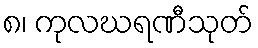
၈၊ ကုလဃရဏီသုတ်